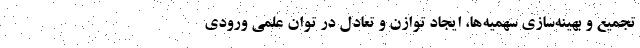
تجمیع و بهینه‌سازی سهمیه‌ها، ایجاد توازن و تعادل در توان علمی ورودی